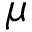
\mu